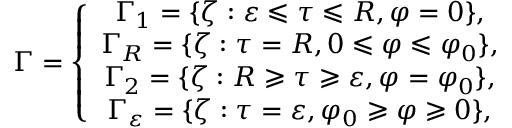
\Gamma = \left\{ \begin{array} { c } { \Gamma _ { 1 } = \{ \zeta : \varepsilon \leqslant \tau \leqslant R , \varphi = 0 \} , } \\ { \Gamma _ { R } = \{ \zeta : \tau = R , 0 \leqslant \varphi \leqslant \varphi _ { 0 } \} , } \\ { \Gamma _ { 2 } = \{ \zeta : R \geqslant \tau \geqslant \varepsilon , \varphi = \varphi _ { 0 } \} , } \\ { \Gamma _ { \varepsilon } = \{ \zeta : \tau = \varepsilon , \varphi _ { 0 } \geqslant \varphi \geqslant 0 \} , } \end{array} \right.